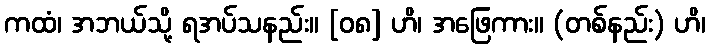
ကထံ၊ အဘယ်သို့ ရအပ်သနည်း။ [၀၈] ဟိ၊ အဖြေကား။ (တစ်နည်း) ဟိ၊